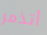
أتذمر